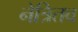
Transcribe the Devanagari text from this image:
नेत्रितव